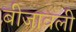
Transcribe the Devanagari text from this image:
बीजावली